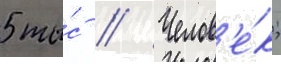
5 ты́с // Челов'е́к;